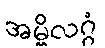
အမ္ဗိလဂ္ဂံ